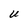
Character: U